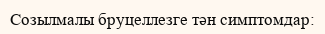
Созылмалы бруцеллезге тән симптомдар: